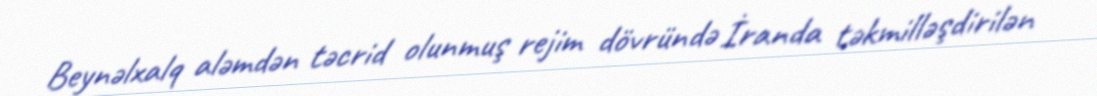
Beynəlxalq aləmdən təcrid olunmuş rejim dövründə İranda təkmilləşdirilən